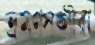
ভ্রমণসঙ্গীরা